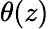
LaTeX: \theta(z)